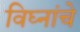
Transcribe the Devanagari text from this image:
विघ्नांचे